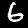
Label: 6